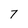
Character: 7